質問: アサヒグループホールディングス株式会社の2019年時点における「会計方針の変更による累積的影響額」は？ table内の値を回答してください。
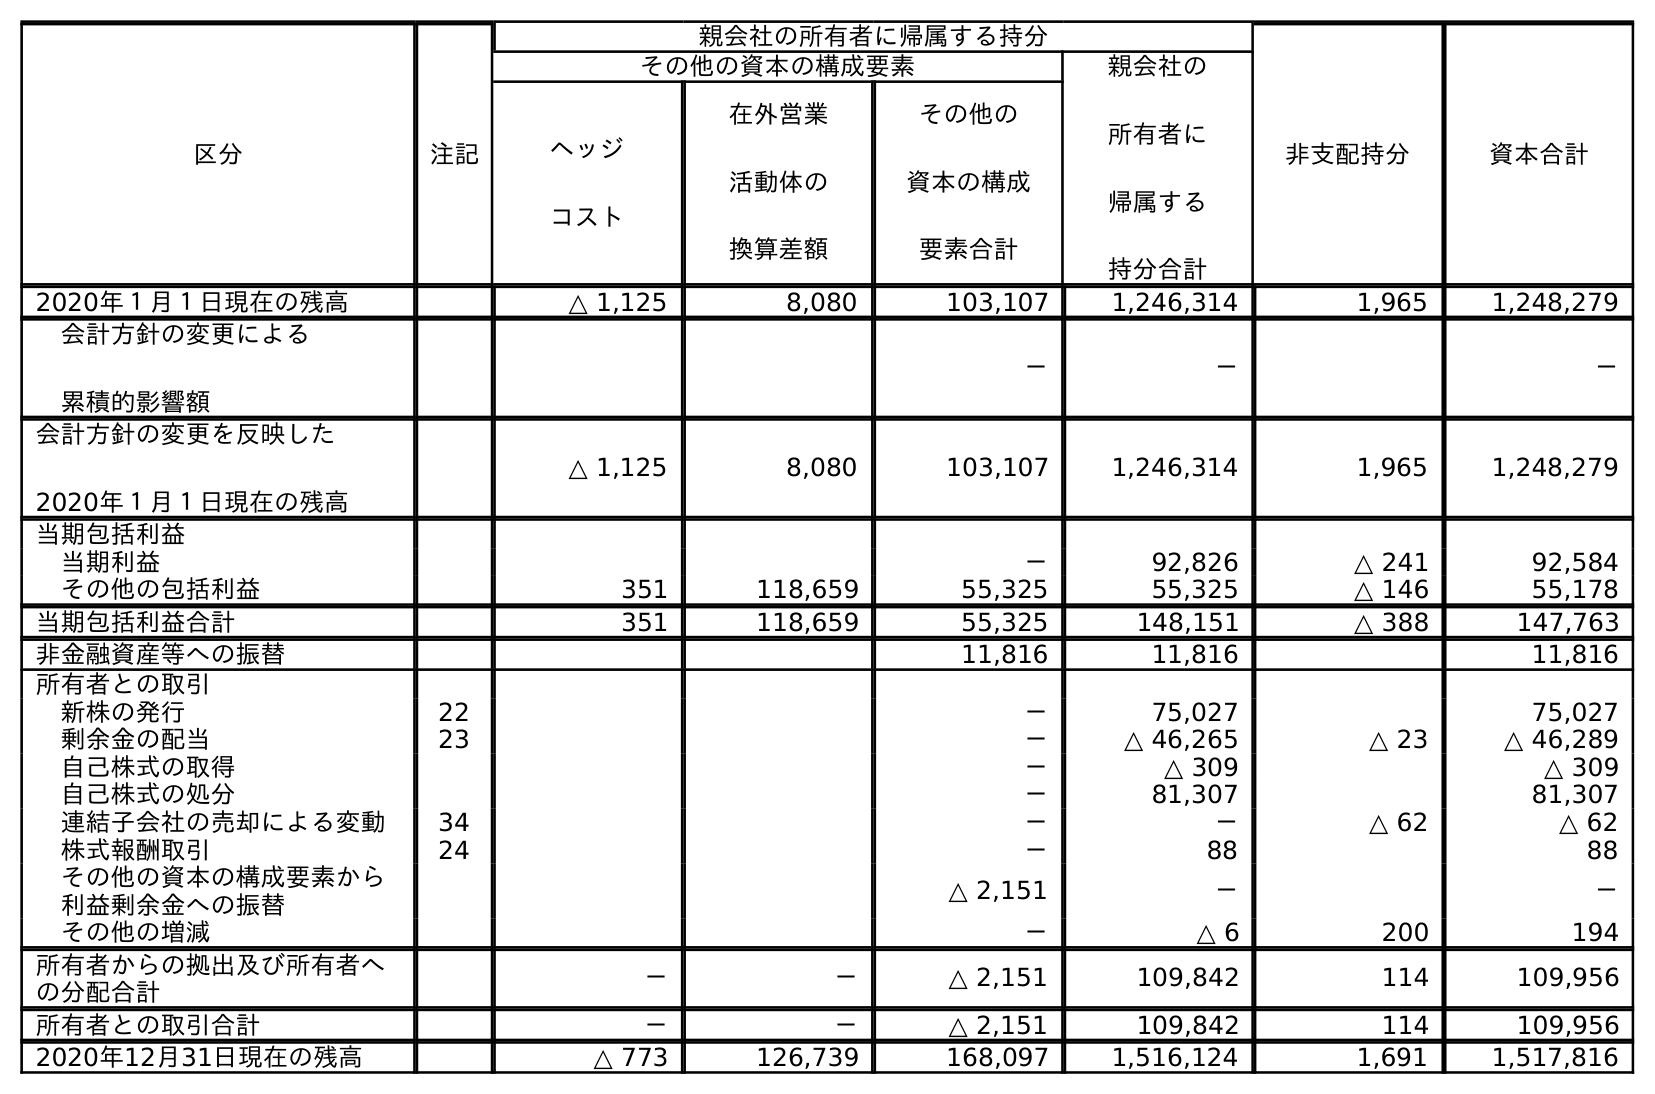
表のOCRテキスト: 区分 注記 親会社の所有者に帰属する持分 非支配持分 資本合計 その他の資本の構成要素 親会社の 所有者に 帰属する 持分合計 ヘッジ コスト 在外営業 活動体の 換算差額 その他の 資本の構成 要素合計 2020年１月１日現在の残高 △ 1,125 8,080 103,107 1,246,314 1,965 1,248,279 会計方針の変更による 累積的影響額 － － － 会計方針の変更を反映した 2020年１月１日現在の残高 △ 1,125 8,080 103,107 1,246,314 1,965 1,248,279 当期包括利益 当期利益 － 92,826 △ 241 92,584 その他の包括利益 351 118,659 55,325 55,325 △ 146 55,178 当期包括利益合計 351 118,659 55,325 148,151 △ 388 147,763 非金融資産等への振替 11,816 11,816 11,816 所有者との取引 新株の発行 22 － 75,027 75,027 剰余金の配当 23 － △ 46,265 △ 23 △ 46,289 自己株式の取得 － △ 309 △ 309 自己株式の処分 － 81,307 81,307 連結子会社の売却による変動 34 － － △ 62 △ 62 株式報酬取引 24 － 88 88 その他の資本の構成要素から 利益剰余金への振替 △ 2,151 － － その他の増減 － △ 6 200 194 所有者からの拠出及び所有者へ の分配合計 － － △ 2,151 109,842 114 109,956 所有者との取引合計 － － △ 2,151 109,842 114 109,956 2020年12月31日現在の残高 △ 773 126,739 168,097 1,516,124 1,691 1,517,816
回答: －